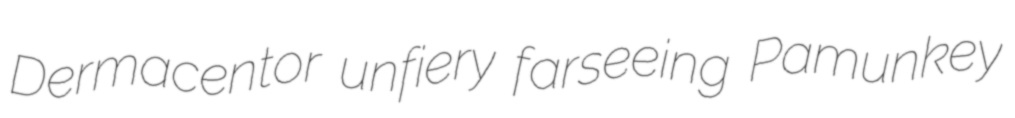
Dermacentor unfiery farseeing Pamunkey